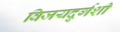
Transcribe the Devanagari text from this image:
विजयदुर्गशी